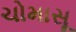
ચોમાસૂ